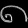
Digit: ၈